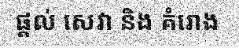
ផ្តល់ សេវា និង គំរោង